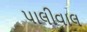
પાલીવાલ